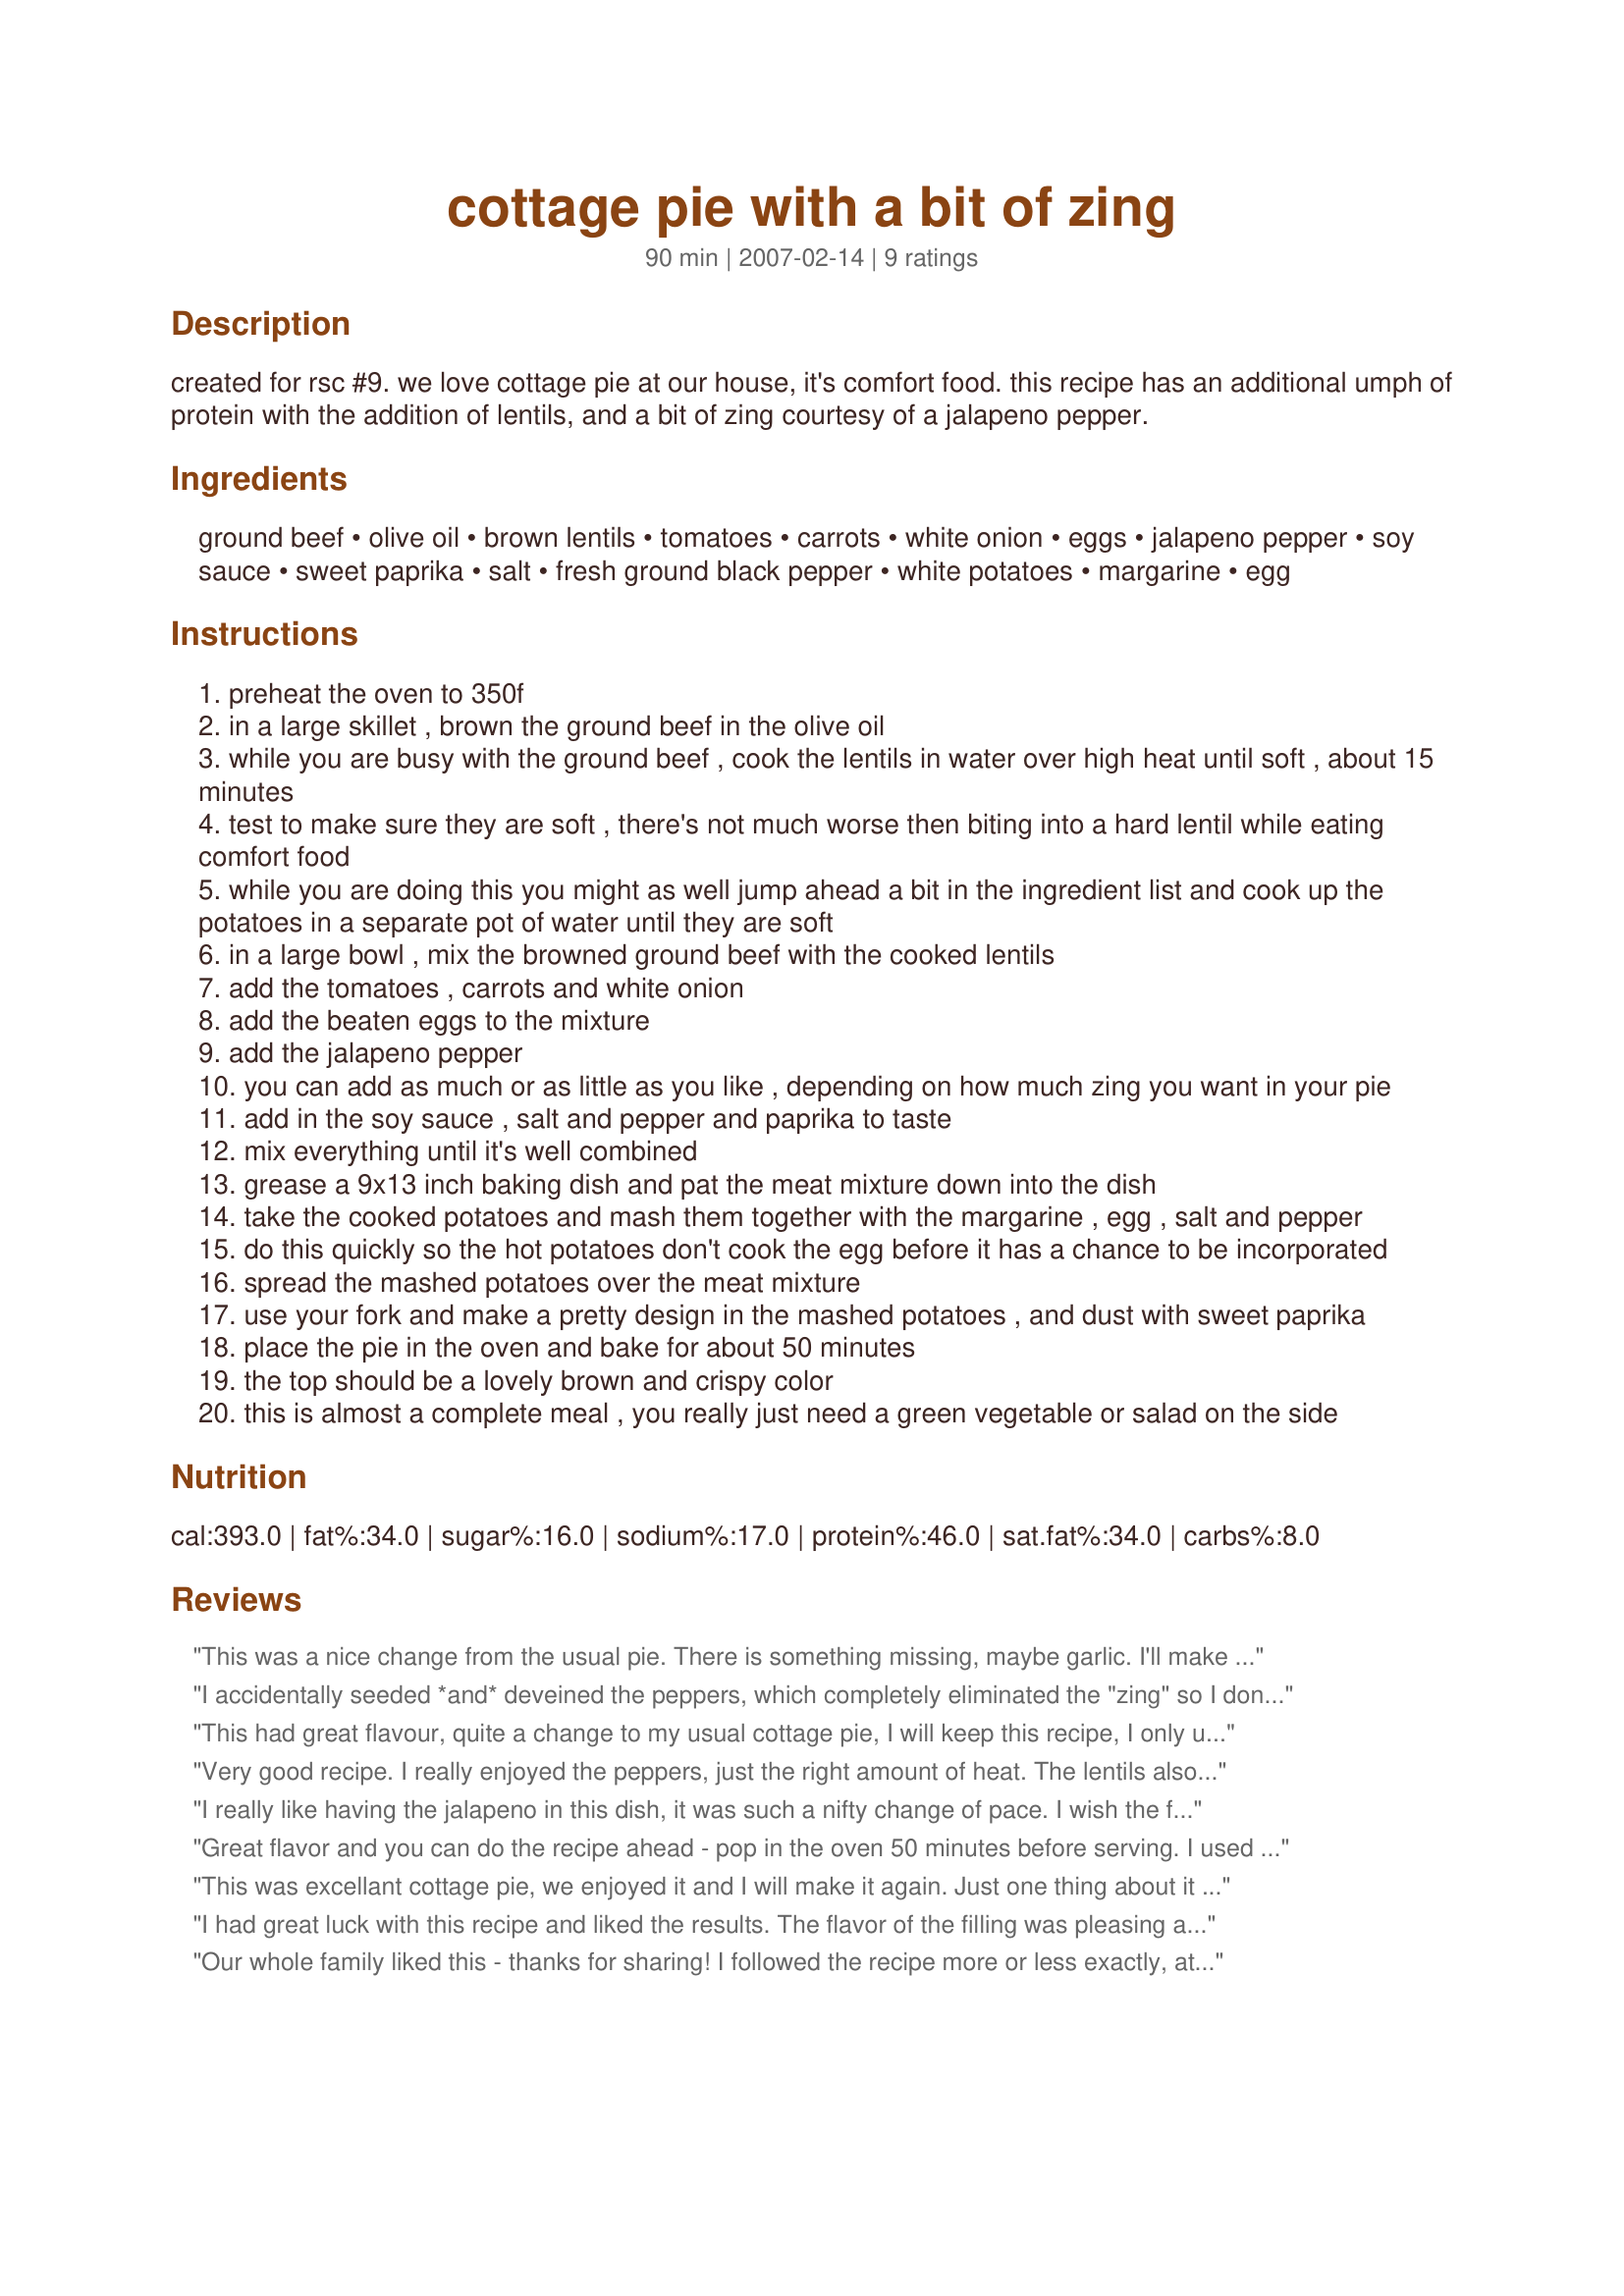
cottage pie with a bit of zing
Preparation time: 90 minutes

created for rsc #9. we love cottage pie at our house, it's comfort food. this recipe has an additional umph of protein with the addition of lentils, and a bit of zing courtesy of a jalapeno pepper.

Ingredients:
ground beef, olive oil, brown lentils, tomatoes, carrots, white onion, eggs, jalapeno pepper, soy sauce, sweet paprika, salt, fresh ground black pepper, white potatoes, margarine, egg

Steps:
preheat the oven to 350f
in a large skillet , brown the ground beef in the olive oil
while you are busy with the ground beef , cook the lentils in water over high heat until soft , about 15 minutes
test to make sure they are soft , there's not much worse then biting into a hard lentil while eating comfort food
while you are doing this you might as well jump ahead a bit in the ingredient list and cook up the potatoes in a separate pot of water until they are soft
in a large bowl , mix the browned ground beef with the cooked lentils
add the tomatoes , carrots and white onion
add the beaten eggs to the mixture
add the jalapeno pepper
you can add as much or as little as you like , depending on how much zing you want in your pie
add in the soy sauce , salt and pepper and paprika to taste
mix everything until it's well combined
grease a 9x13 inch baking dish and pat the meat mixture down into the dish
take the cooked potatoes and mash them together with the margarine , egg , salt and pepper
do this quickly so the hot potatoes don't cook the egg before it has a chance to be incorporated
spread the mashed potatoes over the meat mixture
use your fork and make a pretty design in the mashed potatoes , and dust with sweet paprika
place the pie in the oven and bake for about 50 minutes
the top should be a lovely brown and crispy color
this is almost a complete meal , you really just need a green vegetable or salad on the side

Reviews:
This was a nice change from the usual pie. There is something missing, maybe garlic. I'll make it again but will have to play with it.
I accidentally seeded *and* deveined the peppers, which completely eliminated the "zing" so I don't want to give stars, just comments. That said, even with the omission of the jalapeno zip, we really liked this. My only problem was that I probably could have used another potato, or three slightly larger potatoes, for the topping. I think the only major change I will make in the future is to sub worcestershire sauce for the soy sauce because I like the richer taste of the W sauce. This will definitely be made again. Awesome comfort food!
This had great flavour, quite a change to my usual cottage pie, I will keep this recipe, I only used 1/2 the jalapeno as my daughter was eating it so it did not have too much heat. They soy sauce gave it depth and lentils a new texture.
Very good recipe. I really enjoyed the peppers, just the right amount of heat. The lentils also were a nice addition. I agree that it was just a tad bit dry so the adding canned tomatoes might be a good idea. My whole family enjoyed this recipe and we will make it again! Thanks!
I really like having the jalapeno in this dish, it was such a nifty change of pace. I wish the flavor had been punched up a little more. I was thinking that some mexican spices might make this really interesting.
Great flavor and you can do the recipe ahead - pop in the oven 50 minutes before serving. I used 2 Jalapenos and it has just the right amount of "zing" for us. Very clear easy to follow instructions.To make the recipe even easier with out changing the ingredients I used canned lentils. I made extra mashed potatoes the night before to use as the topping on this recipe today. This is indeed comfort food worth making
This was excellant cottage pie, we enjoyed it and I will make it again. 
Just one thing about it we felt the meat part was a wee bit dry, I would have liked to add some form of liquid to it, although we did enjoy it. Perhaps if it had used canned tomato instead of fresh or perhaps my fresh tomato was not as juicy as yours. In any case the seasonings were great and we loved the potato top with egg in it. 
Thanks for posting and good luck in the contest.
I had great luck with this recipe and liked the results. The flavor of the filling was pleasing and didn't scream of lentils or have a mushy texture. I did make a few changes to the recipe to use what I had on hand that day. I added: a bit of montreal seasoning, used canned tomatoes (drained), instant potatoes, and 1 cup frozen mixed veggies instead of carrots. After baking I am glad I used the frozen veggies for the additional color. I found the amount of jalapeno perfect... not too hot, but still gave a pleasant lift to the recipe. I made this in two loaf pans instead of the 9x13 pan so I could bake one & freeze one. Good luck in the contest!
Our whole family liked this - thanks for sharing! I followed the recipe more or less exactly, athough i used a lot more potato (we like a good layer of potato on top). I thought the meat bit could have been a bit more moist, although my husband and daughter loved it as it was and didn't want any different. The slight chili zing was lovely :)
